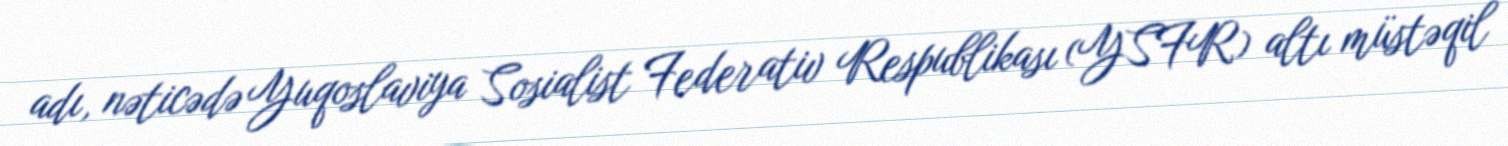
adı, nəticədə Yuqoslaviya Sosialist Federativ Respublikası (YSFR) altı müstəqil